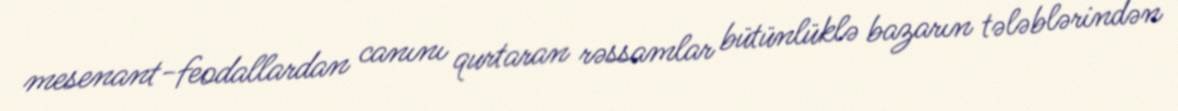
mesenant-feodallardan canını qurtaran rəssamlar bütünlüklə bazarın tələblərindən